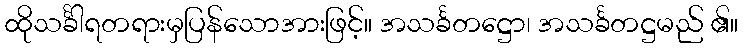
ထိုသင်္ခါရတရားမှပြန်သောအားဖြင့်။ အသင်္ခတဋ္ဌော၊ အသင်္ခတဋ္ဌမည် ၏။